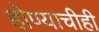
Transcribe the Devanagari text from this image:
होण्याचीही